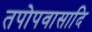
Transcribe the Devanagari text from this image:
तपोपवासादि